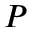
P